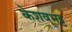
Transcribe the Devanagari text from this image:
केशवभट्ट